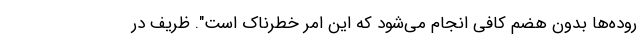
روده‌ها بدون هضم کافی انجام می‌شود که این امر خطرناک است". ظریف در